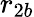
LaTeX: r_{2b}